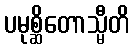
ပမုစ္ဆိတောသ္မီတိ